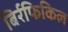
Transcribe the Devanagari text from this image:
बिर्रफिकिल